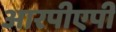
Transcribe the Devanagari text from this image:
आरपीएपी